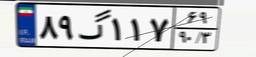
۸۹گ۱۱۷۶۹